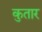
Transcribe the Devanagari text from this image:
कुतार